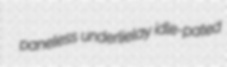
paneless underlielay idle-pated